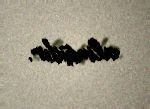
almışdır.